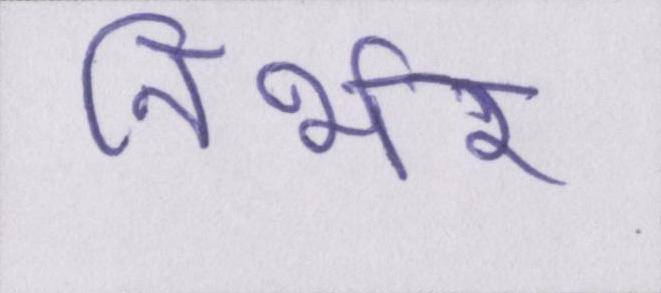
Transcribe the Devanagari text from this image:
निर्भर